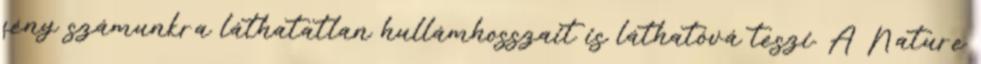
fény számunkra láthatatlan hullámhosszait is láthatóvá teszi. A Nature